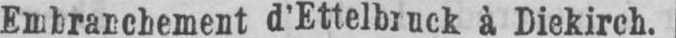
Embranchement d’Ettelbruck à Diekirch.